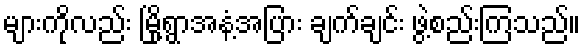
များကိုလည်း မြို့ရွာအနံ့အပြား ချက်ချင်း ဖွဲ့စည်းကြသည်။